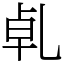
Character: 𠃵